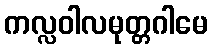
ကလ္လဝါလမုတ္တဂါမေ